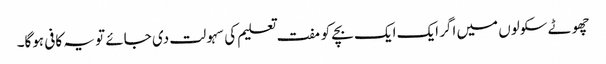
چھوٹے سکولوں میں اگر ایک ایک بچے کو مفت تعلیم کی سہولت دی جائے تو یہ کافی ہوگا۔